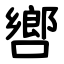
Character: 㗽